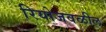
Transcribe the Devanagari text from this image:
रियोजवळील